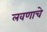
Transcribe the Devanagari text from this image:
लवणाचे